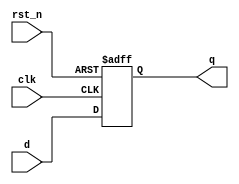
module parameterized_register #(
    parameter WIDTH = 8  // Default width of the register
)(
    input wire clk,         // Clock signal
    input wire rst_n,      // Active-low asynchronous reset signal
    input wire [WIDTH-1:0] d, // Data input
    output reg [WIDTH-1:0] q  // Data output
);

// Behavioral description of the register
always @(posedge clk or negedge rst_n) begin
    if (!rst_n) begin
        q <= {WIDTH{1'b0}};  // Asynchronous reset to zero
    end else begin
        q <= d;              // Capture input data on clock edge
    end
end

endmodule